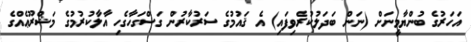
އަހަރުގެ ބުންޔާމީނަށް (ނަން ބަދަލުކުރެވިފައި) އެ ޤައުމުގެ ސަރުކާރުން ގަސްގަހާގެހި އާލާކުރުމުގެ މަޝްރޫޢެއްގެ